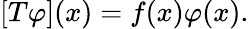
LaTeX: [T\varphi](x)=f(x)\varphi(x).